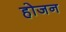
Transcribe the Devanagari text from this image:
होजन